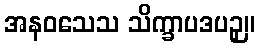
အနဝသေသ သိက္ခာပဒပဉှ။